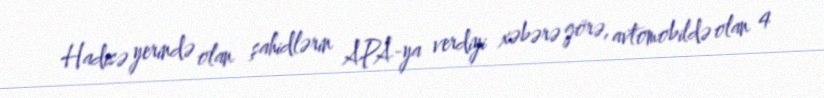
Hadisə yerində olan şahidlərin APA-ya verdiyi xəbərə görə, avtomobildə olan 4